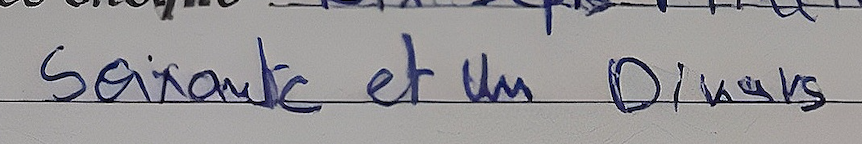
Soixante et un Dinars